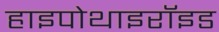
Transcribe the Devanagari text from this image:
हाइपोथाइरॉइड